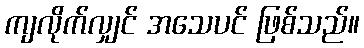
ကျလိုက်လျှင် အသေပင် ဖြစ်သည်။